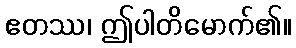
ဧတဿ၊ ဤပါတိမောက်၏။